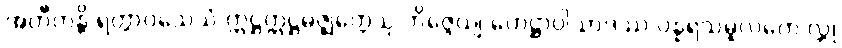
အတီတန္တိ ရတ္တာဝသေသံ ဣဋ္ဌဣဋ္ဌမဇ္ဈတ္တေသု ဘိဇ္ဇေယျ ဟေဋ္ဌာပါသာဒဿ ပန္နရသမူလကေ လ္တု